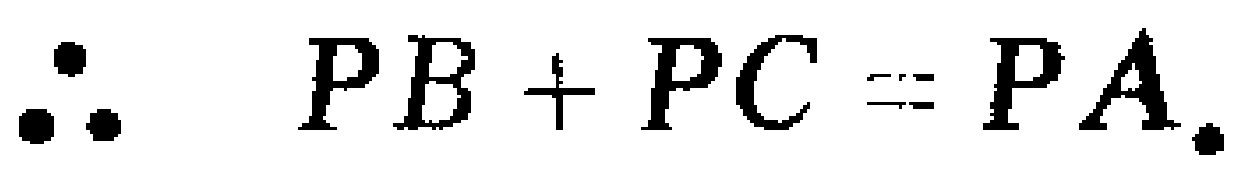
\(\therefore PB + PC = PA.\)